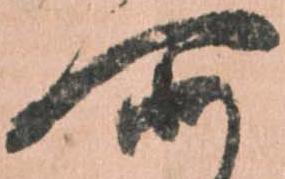
所